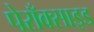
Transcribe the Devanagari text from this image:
पेराँक्साइड